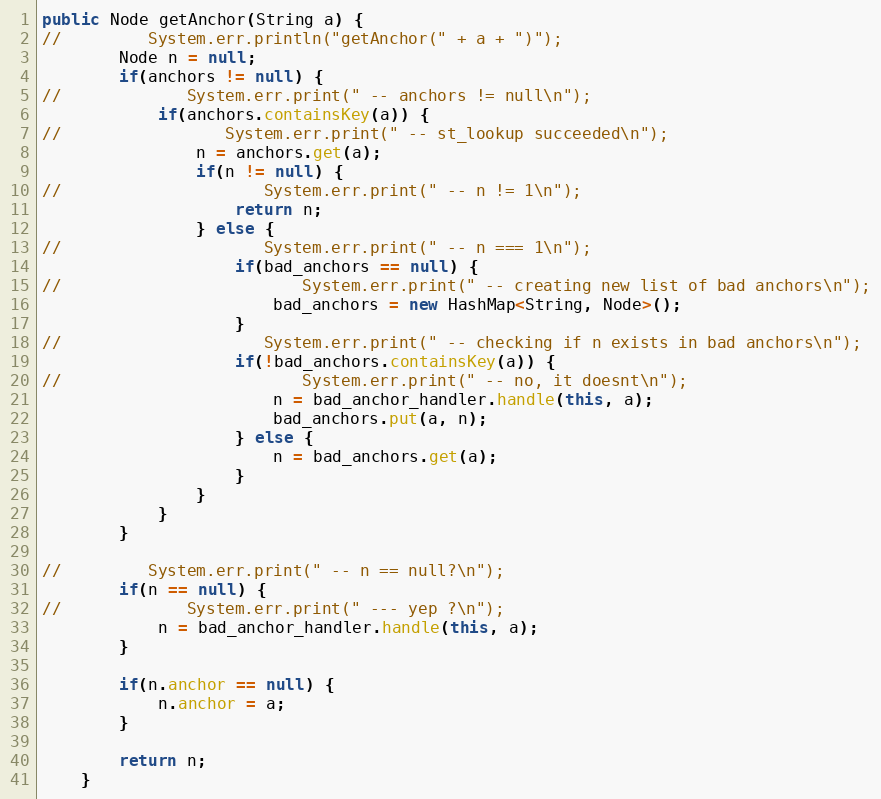
Language: Java
public Node getAnchor(String a) {
//         System.err.println("getAnchor(" + a + ")");
        Node n = null;
        if(anchors != null) {
//             System.err.print(" -- anchors != null\n");
            if(anchors.containsKey(a)) {
//                 System.err.print(" -- st_lookup succeeded\n");
                n = anchors.get(a);
                if(n != null) {
//                     System.err.print(" -- n != 1\n");
                    return n;
                } else {
//                     System.err.print(" -- n === 1\n");
                    if(bad_anchors == null) {
//                         System.err.print(" -- creating new list of bad anchors\n");
                        bad_anchors = new HashMap<String, Node>();
                    }
//                     System.err.print(" -- checking if n exists in bad anchors\n");
                    if(!bad_anchors.containsKey(a)) {
//                         System.err.print(" -- no, it doesnt\n");
                        n = bad_anchor_handler.handle(this, a);
                        bad_anchors.put(a, n);
                    } else {
                        n = bad_anchors.get(a);
                    }
                }
            }
        }

//         System.err.print(" -- n == null?\n");
        if(n == null) {
//             System.err.print(" --- yep ?\n");
            n = bad_anchor_handler.handle(this, a);
        }

        if(n.anchor == null) {
            n.anchor = a;
        }

        return n;
    }